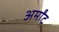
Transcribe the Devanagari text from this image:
अर्मांट